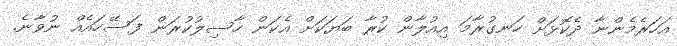
އަހަރެމެންނާ ދެކޮޅަށް ހަނގުރާމަ އިއުލާން ކުރާ ބަޔަކަށް އެކަން ހާސިލުކުރަން ފަސޭހައެއް ނުވާނެ.